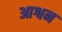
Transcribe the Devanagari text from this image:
आश्वन